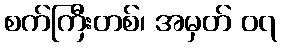
စက်ကြီးတစ်၊ အမှတ် ၀၇